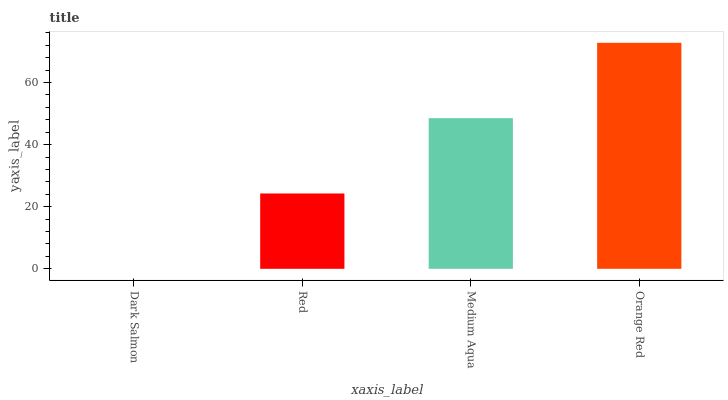
| xaxis_label | bars |
 | --- | --- |
 | Dark Salmon | 0 |
 | Red | 24.3 |
 | Medium Aqua | 48.5 |
 | Orange Red | 72.8 |